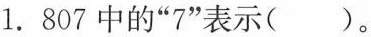
1.807中的”7”表示( )。